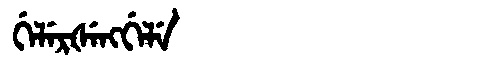
Manchu: ᡤᡝᠯᡝᡵᡧᡝᠩᡤᡝᠯᡝ
Romanization: GELERŠENGGELE